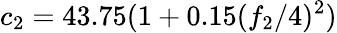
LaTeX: c_{2}=43.75(1+0.15({f_{2}}/{4})^{2})